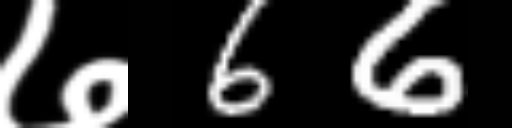
Text: ७66